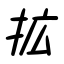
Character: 拡